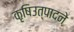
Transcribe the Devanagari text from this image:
कृषिउत्पादने